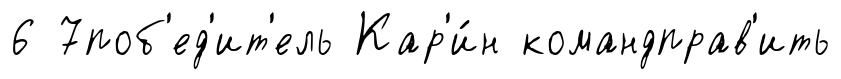
6 7поб'ед'ит'ель Кар'и́н командправ'ить